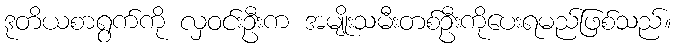
ဒုတိယစာရွက်ကို လှဝင်းဦးက အမျိုးသမီးတစ်ဦးကိုပေးရမည်ဖြစ်သည်။